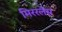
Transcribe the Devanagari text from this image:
मिररलेस